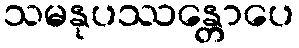
သမနုပဿန္တောပေ